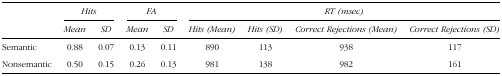
<table><thead><tr><td rowspan="2"><b> </b></td><td colspan="2"><b><i>Hits</i></b></td><td colspan="2"><b><i>FA</i></b></td><td colspan="4"><b><i>RT (msec)</i></b></td></tr><tr><td><b><i>Mean</i></b></td><td><b><i>SD</i></b></td><td><b><i>Mean</i></b></td><td><b><i>SD</i></b></td><td><b><i>Hits (Mean)</i></b></td><td><b><i>Hits (SD)</i></b></td><td><b><i>Correct Rejections (Mean)</i></b></td><td><b><i>Correct Rejections (SD)</i></b></td></tr></thead><tbody><tr><td>Semantic</td><td>0.88</td><td>0.07</td><td>0.13</td><td>0.11</td><td>890</td><td>113</td><td>938</td><td>117</td></tr><tr><td>Nonsemantic</td><td>0.50</td><td>0.15</td><td>0.26</td><td>0.13</td><td>981</td><td>138</td><td>982</td><td>161</td></tr></tbody></table>